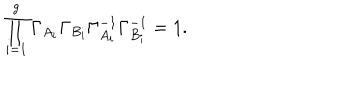
LaTeX: \prod _ { i = 1 } ^ { g } \Gamma _ { A _ { i } } \Gamma _ { B _ { i } } \Gamma _ { A _ { i } } ^ { - 1 } \Gamma _ { B _ { i } } ^ { - 1 } = 1 .